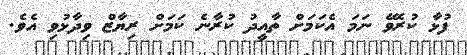
ފުޅާ ކުރެވޭ ނަމަ އެކަމަށް ތާއީދު ކުރާނެ ކަމަށް ރިޔާޒް ވިދާޅުވި އެވެ.